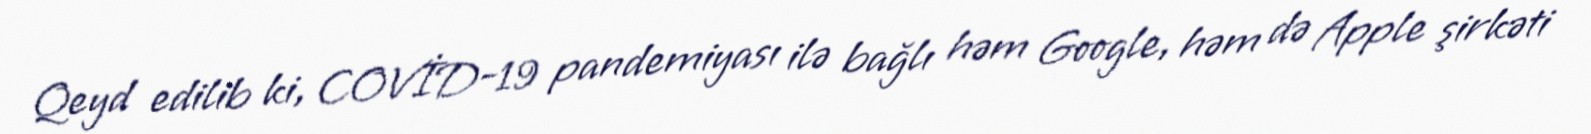
Qeyd edilib ki, COVİD-19 pandemiyası ilə bağlı həm Google, həm də Apple şirkəti